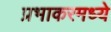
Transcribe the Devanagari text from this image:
प्रभाकरमध्ये